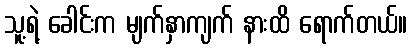
သူ့ရဲ့ ခေါင်းက မျက်နှာကျက် နားထိ ရောက်တယ်။